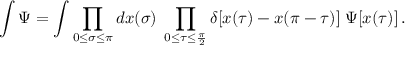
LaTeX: \int \Psi = \int \prod _ { 0 \leq \sigma \leq \pi } d x ( \sigma ) \; \prod _ { 0 \leq \tau \leq \frac { \pi } { 2 } } \delta [ x ( \tau ) - x ( \pi - \tau ) ] \; \Psi [ x ( \tau ) ] \, .